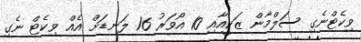
ވިކެޓްނެގި ސަލްމާން ޒަކީއާއި 10 އޯވަރު 16 ލަނޑަށް އެއް ވިކެޓް ނެގި